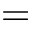
=